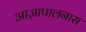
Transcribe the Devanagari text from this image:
आज्ञापालनास